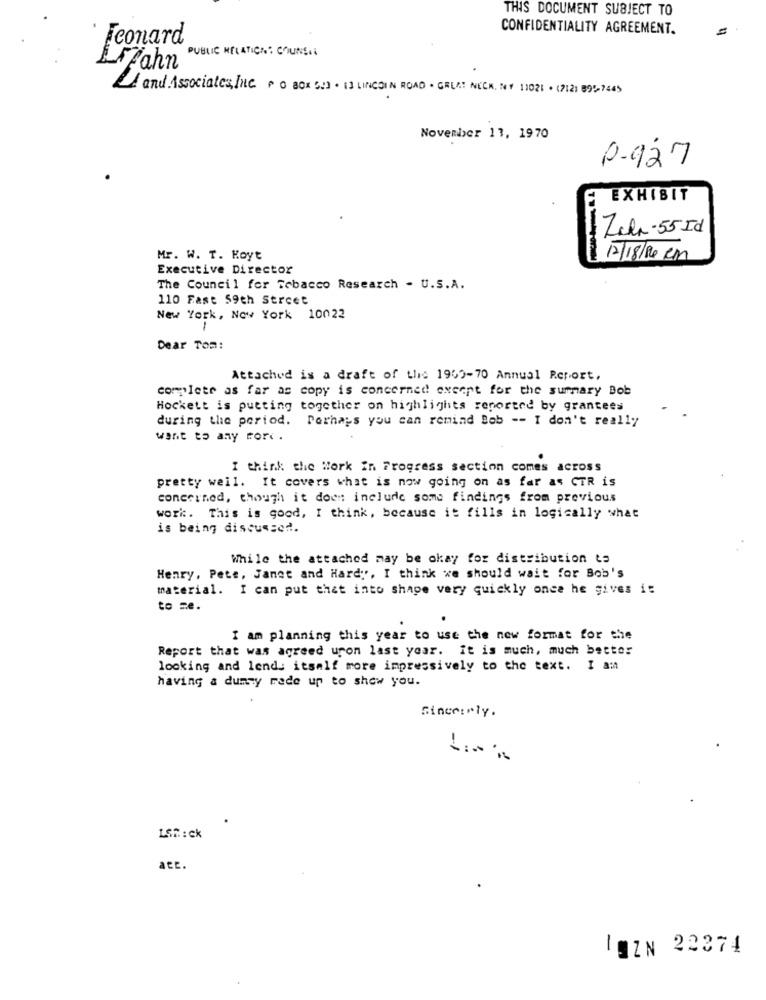
THIS DOCUMENT SUBJECT TO
CONFIDENTIALITY AGREEMENT.
Leonard
PUBLIC HELATICA: COUNS.
LFFahn
and Associates, Inc. > 0 80x 62) . 13 LINCOLN ROAD . GREAT NECK. NY 11021 . (7121 894, 7445
November 13, 1970
0-927
EXHIBIT
Zehn-55 Id
Mr. W. T. Koyt
17/18/20 CM
Executive Director
The Council for Tobacco Research - U.S.A.
110 Fast 59th Street
New York, New York 10022
-
Dear Tom:
Attached is a draft of the 1960-70 Annual Report,
complete as far as copy is concerned except for the summary Bob
Hockett is putting together on highlights reported by grantees
during the period. Perhaps you can remind Bob -- I don't really
want to any more.
I think the Work in Progress section comes across
pretty well. It covers what is now going on as far as CTR is
concerned, though it doen include some findings from previous
work. This is good, I think, because it fills in logically what
is being discussed.
While the attached may be okay for distribution ta
Henry, Pete, Janet and Hardy, I think we should wait for Bob's
material. I can put that into shape very quickly once he gives i:
to ze.
I am planning this year to use the new format for the
Report that was agreed upon last year. It is much, much better
looking and lends itself more impressively to the text. I am
having a dummy made up to show you.
Sincerely.
-1
LSA : ck
att.
LOZN 22374